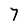
Character: 7